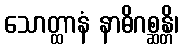
သောတ္ထာနံ နာဓိဂစ္ဆန္တိ၊